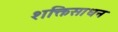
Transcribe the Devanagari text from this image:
शक्तिसाधन